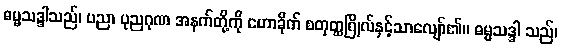
ဓမ္မသဒ္ဒါသည်၊ ပညာ ပုညဂုဏ အနက်တို့ကို ဟောခိုက် စတုတ္ထဂြိုလ်နှင့်သာလျော်၏။ ဓမ္မသဒ္ဒါ သည်၊